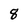
Character: 8